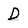
Character: D